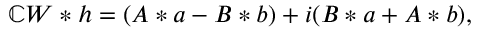
\mathbb { C } W * h = ( A * a - B * b ) + i ( B * a + A * b ) ,